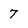
Character: 7